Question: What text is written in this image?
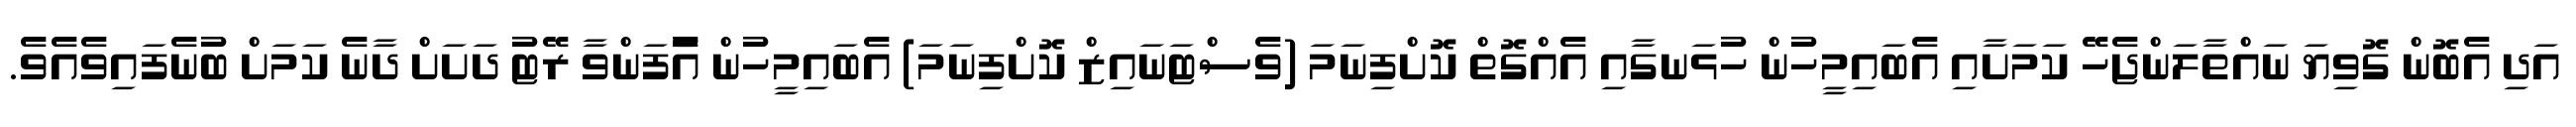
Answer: އަދި އެބޮން ގޮވިޔަ ނައްތާލަންޖެހޭ ކަމަށާއި އެބައިމީހުން ހުޅަނގާއި އެއްގޮތް ކޮށްފިނަމަ (ވެސްޓަނައިޒް ކޮށްފިނަމަ) އެބައިމީހުން އެުފަންވާ ރޭޓު ދަށަށް ދާނެ ކަމަށް ބުނެފައިވެއެވެ.